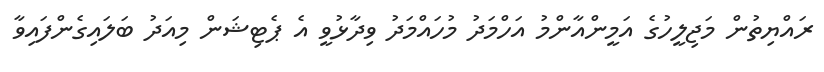
ރައްޔިތުން މަޖިލީހުގެ އަމީންއާންމު އަހްމަދު މުހައްމަދު ވިދާޅުވީ އެ ޕެޓިޝަން މިއަދު ބަލައިގެންފައިވާ